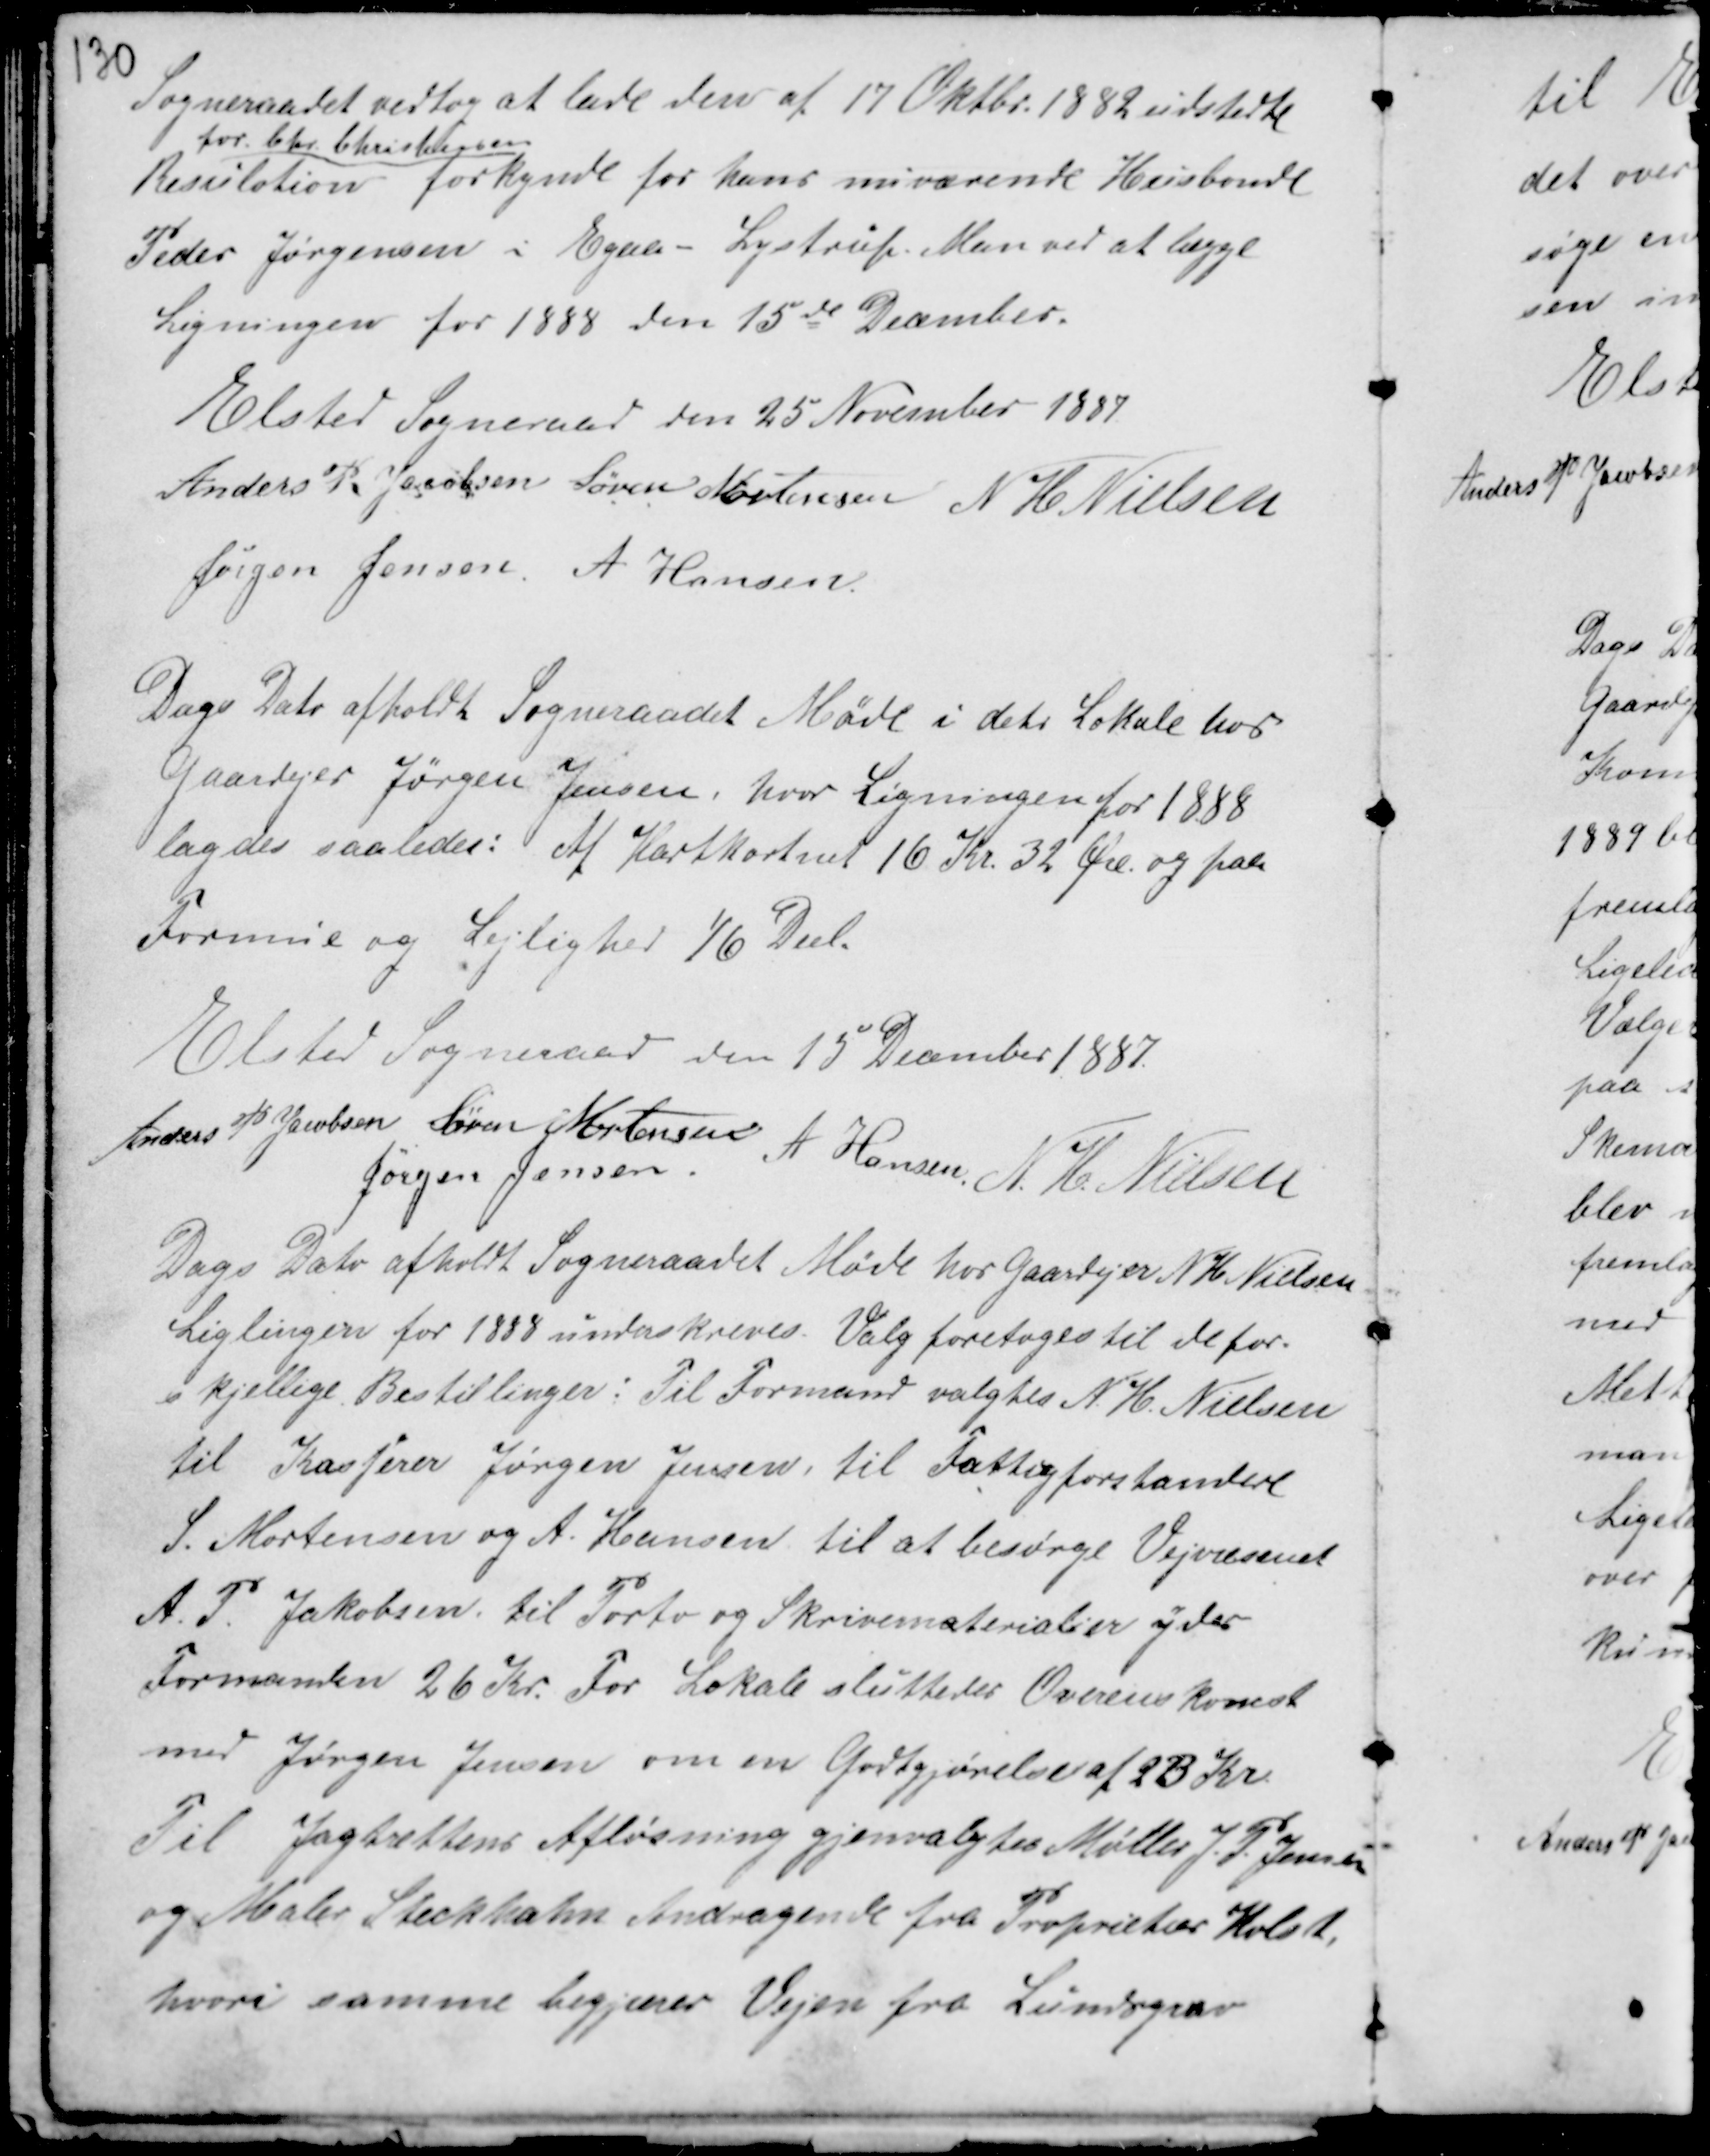
Transskription:
Sogneraadet vedtog at lade den af 17 Oktbr. 1882 udstedte
Resulotion
for Chr. Christensen
forkynde for hans nuværende Husbonde
Peder Jørgensen i Egaa - Lystrup. Man ved at lægge
Ligningen for 1888 den 15de December.
Elsted Sogneraad den 25 November 1887
Anders P. Jacobsen Søren Mortensen N H Nielsen
Jørgen Jensen A Hansen

Dags Dato afholdt Sogneraadet Møde i dets Lokale hos
Gaardejer Jørgen Jensen, hvor Ligningen for 1888
lagdes saaledes: Af Hartkorn 16 Kr. 32 Øre. og paa
Formue og Lejlighed 1/6 Deel.

Elsted Sogneraad den 15 December 1887
Anders P Jacobsen Søren Mortensen A Hansen N. H. Nielsen
Jørgen Jensen

Dags Dato afholdt Sogneraadet Møde hos Gaardejer N. H. Nielsen
Ligningen for 1888 underskreves. Valg foretoges til de for-
skjellige Bestillinger : Til Formand valgtes N. H. Nielsen
til Kasserer Jørgen Jensen, til Fattigforstandere
S. Mortensen og A. Hansen til at besørge Vejvæsenet
A.P. Jakobsen til Porto og Skrivematerialier ydes
Formanden 26 Kr. For Lokale sluttedes Overenskomst
med Jørgen Jensen om en Godtgjørelse af 23 Kr.
Til Jagtrettens Afløsning gjenvalgtes Møller J. P. Jensen
og Maler Steckhahn. Andragende fra Proprietær Holst
hvori samme begjærer Vejen fra Lundgrav